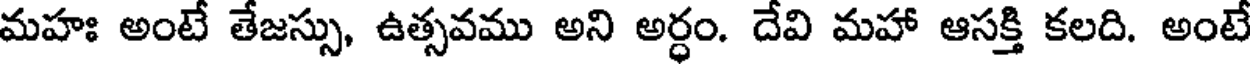
మహః అంటే తేజస్సు, ఉత్సవము అని అర్ధం. దేవి మహా ఆసక్తి కలది. అంటే